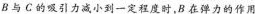
B与C的吸引力减小到一定程度时，B在弹力的作用